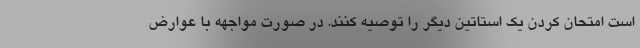
است امتحان کردن یک استاتین دیگر را توصیه کنند. در صورت مواجهه با عوارض